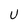
Character: U